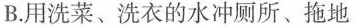
B.用洗菜、洗衣的水冲厕所、拖地